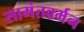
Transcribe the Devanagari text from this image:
सामंतवर्मन